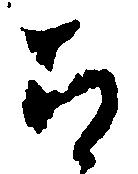
ち